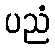
ပညံ